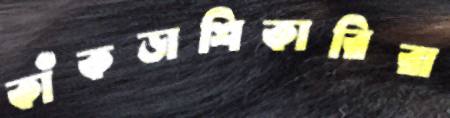
কাঁকড়াশিকারিরা